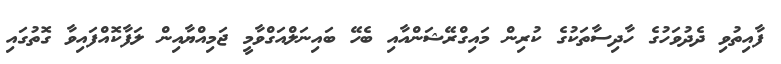
ފާއިތުވި ދެދުވަހުގެ ހާދިސާތަކުގެ ކުރިން މައިގްރޭޝަންއާއި ބެހޭ ބައިނަލްއަގްވާމީ ޖަމިއްޔާއިން ލަފާކޮއްފައިވާ ގޮތުގައި